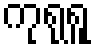
ကုရုရူ